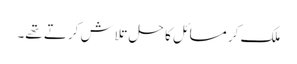
ملک کر مسائل کا حل تلاش کرتے تھے۔